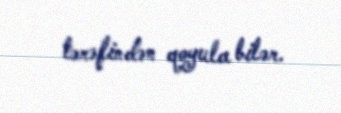
tərəfindən qoyula bilər.